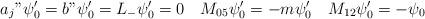
LaTeX: \begin{align*}a_j"\psi_0'=b"\psi_0'=L_-\psi_0'=0\quad M_{05}\psi_0'=-m\psi_0'\quad M_{12}\psi_0'=-\psi_0 \end{align*}